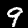
Label: 9